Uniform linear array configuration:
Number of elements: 64
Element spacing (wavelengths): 1
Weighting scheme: kaiser
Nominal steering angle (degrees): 0
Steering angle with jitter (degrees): -1.279
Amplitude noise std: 0.05
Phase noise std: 0.05

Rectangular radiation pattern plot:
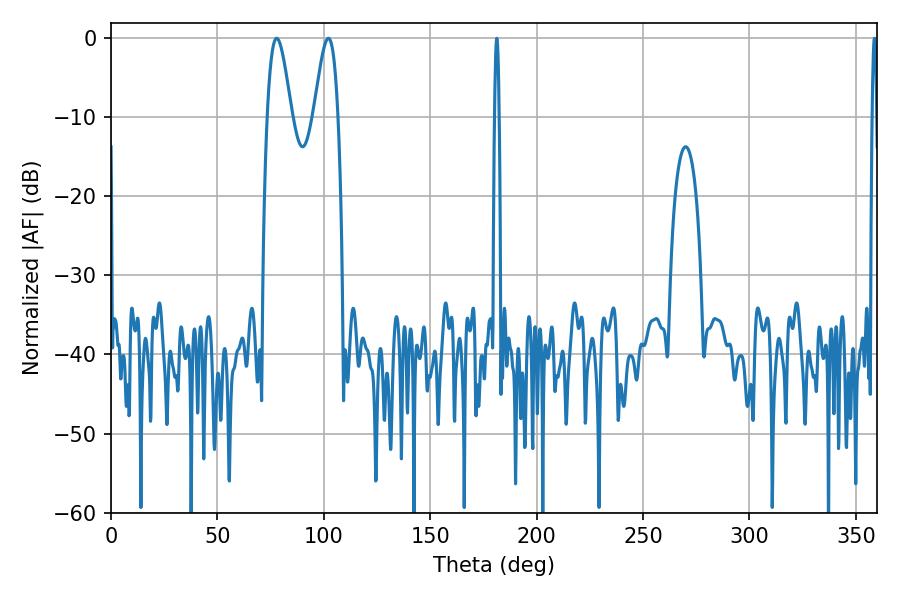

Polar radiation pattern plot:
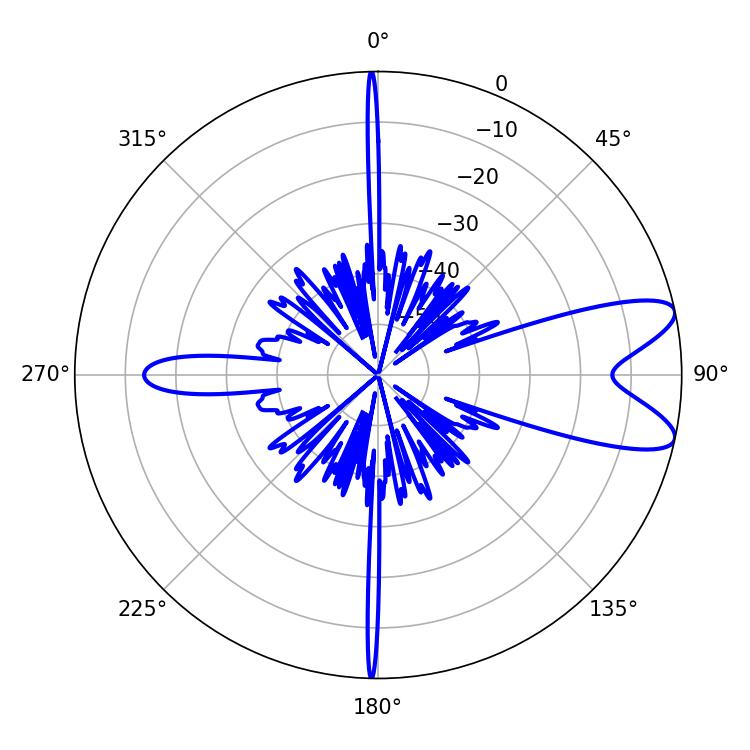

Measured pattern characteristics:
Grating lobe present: TRUE
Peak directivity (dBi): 9.394
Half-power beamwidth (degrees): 6.12
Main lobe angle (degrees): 77.76